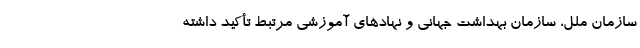
سازمان ملل، سازمان بهداشت جهانی و نهادهای آموزشی مرتبط تأکید داشته